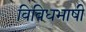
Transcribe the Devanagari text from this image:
विविधभाषी